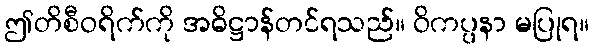
ဤတိစီဝရိက်ကို အဓိဋ္ဌာန်တင်ရသည်။ ဝိကပ္ပနာ မပြုရ။